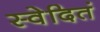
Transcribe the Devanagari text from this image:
स्वेदितं